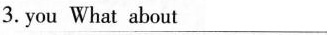
3.you \underline{What about }